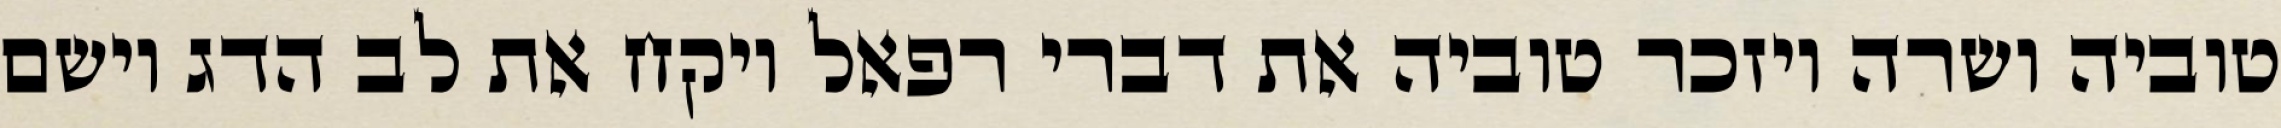
טוביה ושרה ויזכר טוביה את דברי רפאל ויקח את לב הדג וישם